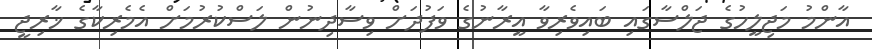
އާންމު މަޖިލީހުގެ ޖަލްސާގައި ބައިވެރިވާ އީރާނުގެ ވަފުދަށް ވިސާދިނުން ލަސްކުރުމަށް އެމެރިކާގެ ޚާރިޖީ